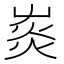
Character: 𤉞